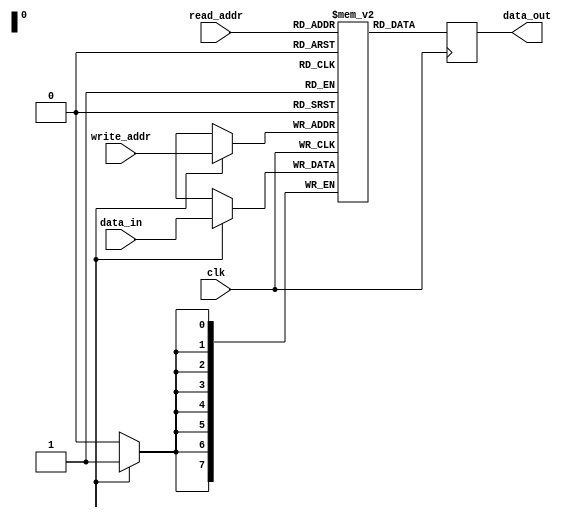
module dual_port_ram (
    input wire clk,                 // Clock input
    input wire [7:0] write_addr,    // Write address input
    input wire [7:0] read_addr,     // Read address input
    input wire [7:0] data_in,       // Data input for write port
    output reg [7:0] data_out       // Data output for read port
);

reg [7:0] ram [0:255];

reg write_enable;                   // Write enable signal

always @ (posedge clk) begin
    if (write_enable) begin
        ram[write_addr] <= data_in;
    end
    
    data_out <= ram[read_addr];
end

endmodule